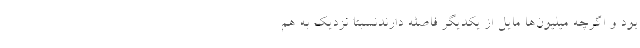
بود و اگرچه میلیون‌ها مایل از یکدیگر فاصله دارندنسبتاً نزدیک به هم